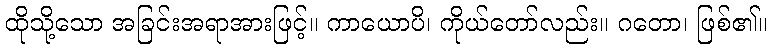
ထိုသို့သော အခြင်းအရာအားဖြင့်။ ကာယောပိ၊ ကိုယ်တော်လည်း။ ဂတော၊ ဖြစ်၏။